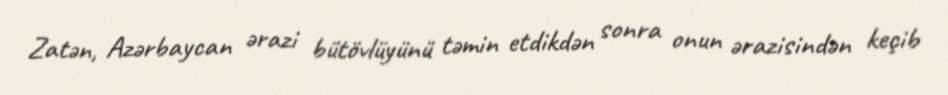
Zatən, Azərbaycan ərazi bütövlüyünü təmin etdikdən sonra onun ərazisindən keçib